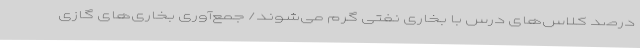
درصد کلاس‌های درس با بخاری نفتی گرم می‌شوند/ جمع‌آوری بخاری‌های گازی